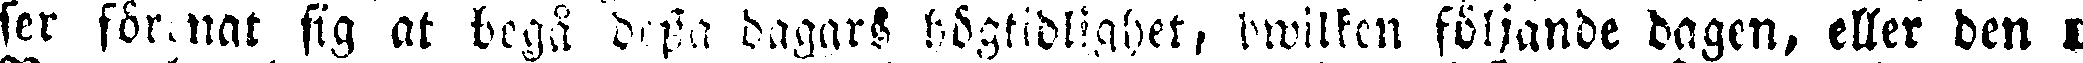
ser för.nat sig at begå dessa dagars högtidlighet, hwilken följande dagen, eller den i